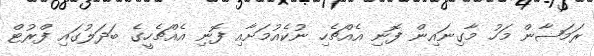
ރަމަޟާން މަހު މާގިނައިން ފޮނި އެއްޗެހި ނުކެއުމަށާއި ފޮނި އެއްޗެހީގެ ބަދަލުގައި ފްރުޓް